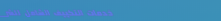
خدمات التكييف الشامل للشر